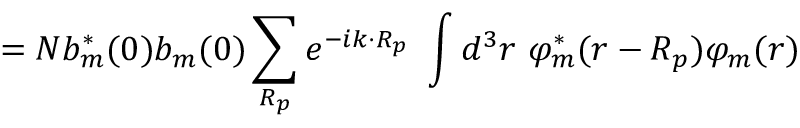
= N b _ { m } ^ { * } ( 0 ) b _ { m } ( 0 ) \sum _ { \boldsymbol { R _ { p } } } e ^ { - i { \boldsymbol { k \cdot R _ { p } } } } \ \int d ^ { 3 } r \ \varphi _ { m } ^ { * } ( { \boldsymbol { r - R _ { p } } } ) \varphi _ { m } ( { \boldsymbol { r } } )